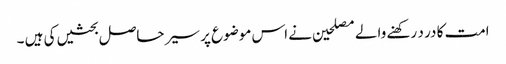
امت کا در د رکھنے والے مصلحین نے اس موضوع پر سیر حاصل بحثیں کی ہیں ۔